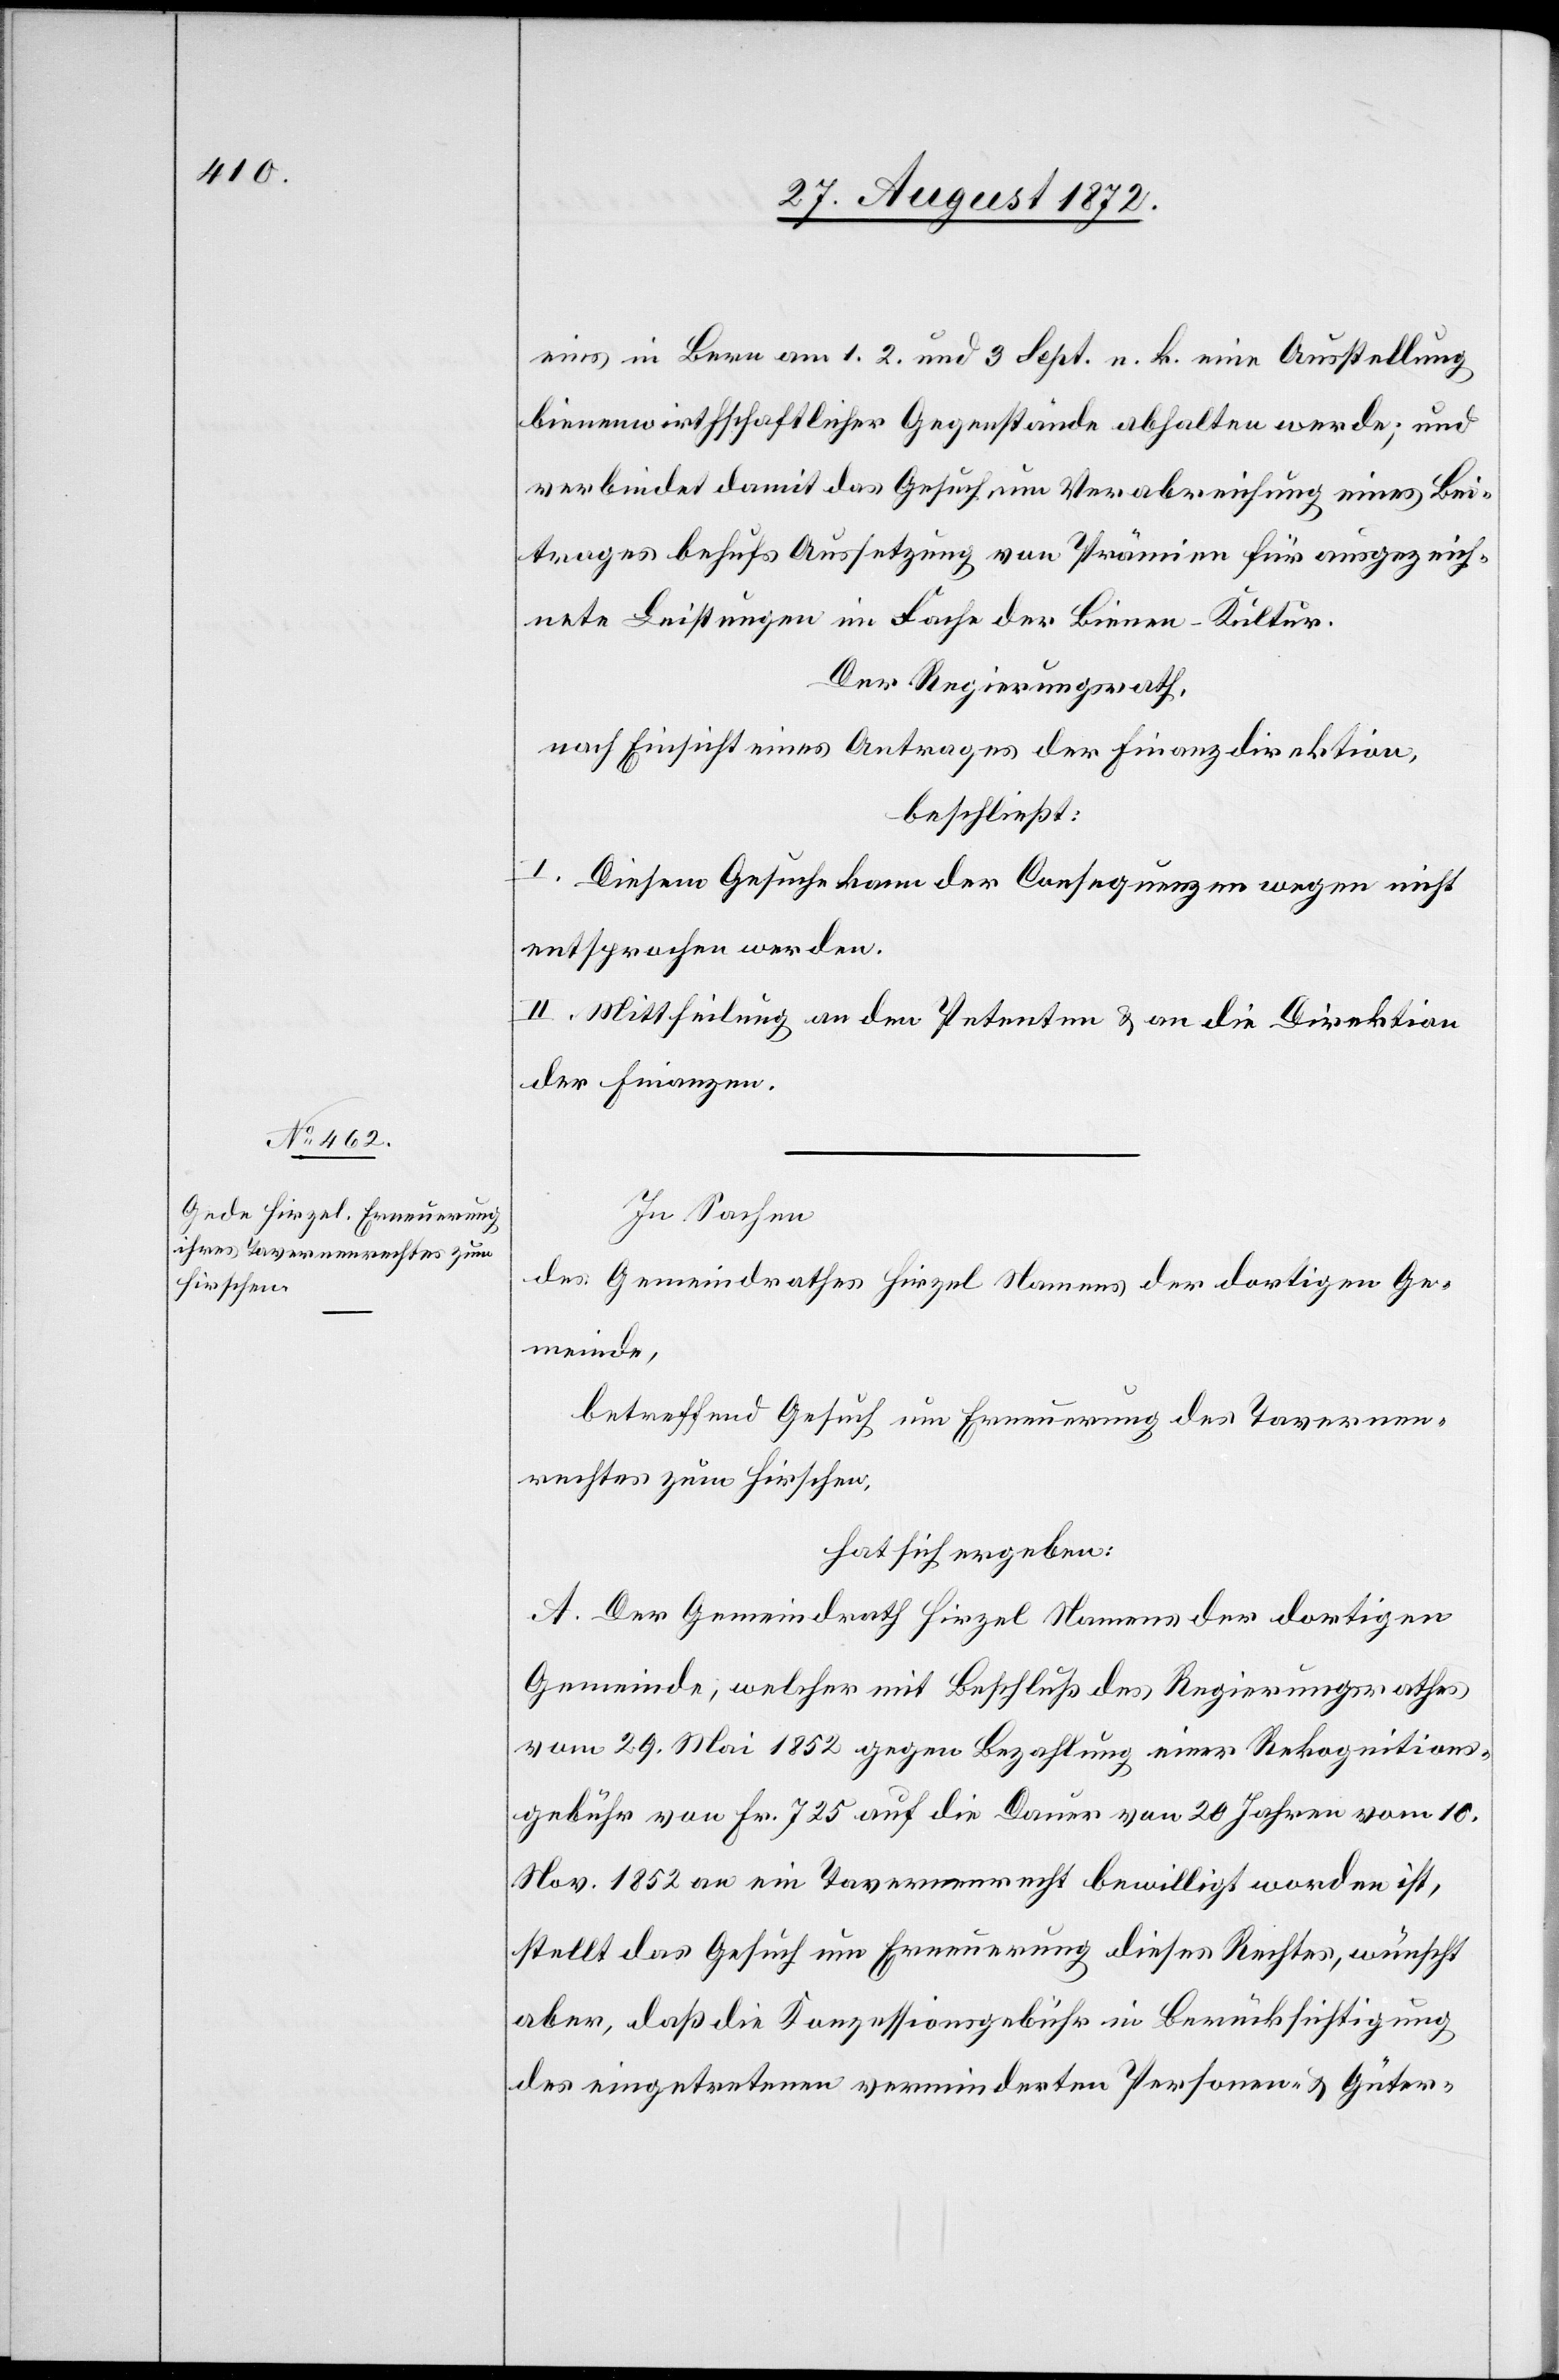
eins in Bern am 1. 2. und 3 Sept. n. k. eine Ausstellung
bienenwirthschaftlicher Gegenstände abhalten werde; und
verbindet damit das Gesuch um Verabreichung eines Bei¬
trages behufs Aussetzung von Prämien für ausgezeich¬
nete Leistungen im Fache der Bienen-Kultur.
Der Regierungsrath,
nach Einsicht eines Antrages der Finanzdirektion,
beschließt:
I. Diesem Gesuch kann der Consequenzen wegen nicht
entsprochen werden.
II. Mittheilung an den Petenten u. an die Direktion
der Finanzen.
In Sachen
des Gemeindrathes Hirzel Namens der dortigen Ge¬
meinde,
betreffend Gesuch um Erneuerung des Tavernen¬
rechtes zum Hirschen,
hat sich ergeben:
A. Der Gemeindrath Hirzel Namens der dortigen
Gemeinde; welcher mit Beschluß des Regierungsrathes
vom 29. Mai 1852 gegen Bezahlung einer Rekognitions¬
gebühr von Fr. 725 auf die Dauer von 20 Jahren vom 10.
Nov. 1852 an ein Tavernenrecht bewilligt worden ist,
stellt das Gesuch um Erneuerung dieses Rechtes, wünscht
aber, daß die Konzessionsgebühr in Berücksichtigung
des eingetretenen verminderten Personen- u. Güter-